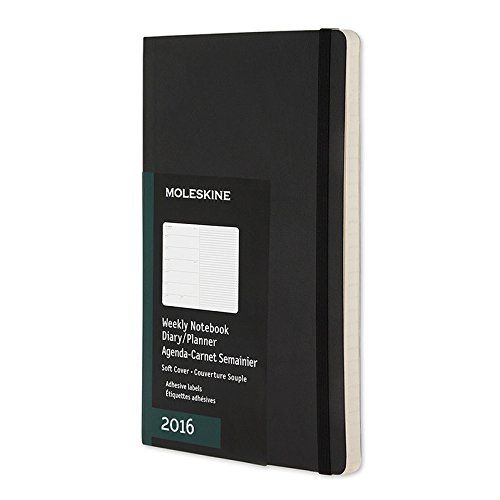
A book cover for Moleskine 2016 Weekly Notebook, 12M, Pocket, Black, Soft Cover (3.5 x 5.5); Moleskine; Calendars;